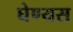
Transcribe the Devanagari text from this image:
घेण्यस